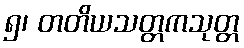
၅၊ တတိယသတ္တကသုတ္တ